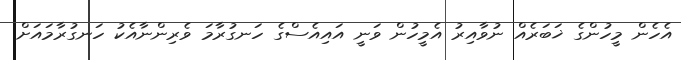
އެހެން މީހުންގެ ޚަބަރެއް ނުވާއިރު އެމީހުން ވަނީ އައިއެސްގެ ހަނގުރާމަ ވެރިންނާއެކު ހަނގުރާމައަށް